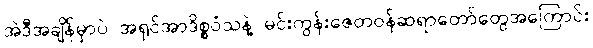
အဲဒီအချိန်မှာပဲ အရှင်အာဒိစ္စဝံသနဲ့ မင်းကွန်းဇေတဝန်ဆရာတော်တွေအကြောင်း